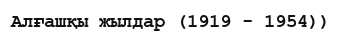
Алғашқы жылдар (1919 - 1954))